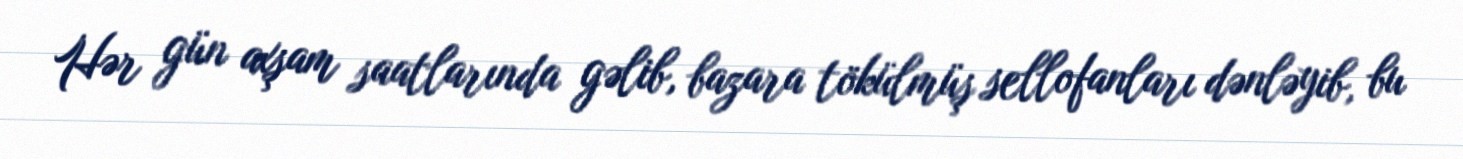
Hər gün axşam saatlarında gəlib, bazara tökülmüş sellofanları dənləyib, bu